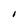
Character: I